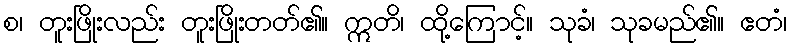
စ၊ တူးဖြိုးလည်း တူးဖြိုးတတ်၏။ ဣတိ၊ ထို့ကြောင့်။ သုခံ၊ သုခမည်၏။ ဧတံ၊